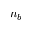
n _ { b }